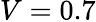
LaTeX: V=0.7